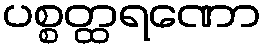
ပစ္စတ္ထရဏော